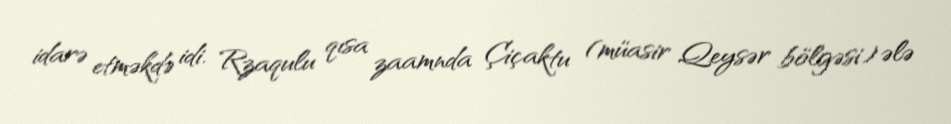
idarə etməkdə idi. Rzaqulu qısa zaamnda Çiçaktu (müasir Qeysər bölgəsi) ələ